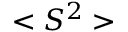
< S ^ { 2 } >